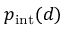
p _ { \mathrm { i n t } } ( d )